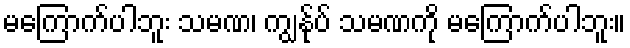
မကြောက်ပါဘူး သမဏ၊ ကျွန်ုပ် သမဏကို မကြောက်ပါဘူး။